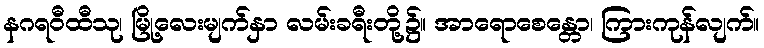
နဂရဝီထီသု၊ မြို့လေးမျက်နှာ လမ်းခရီးတို့၌။ အာရောစေန္တော၊ ကြားကုန်လျက်။